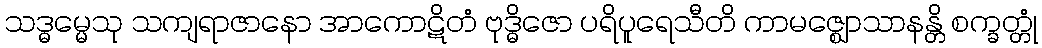
သဒ္ဓမ္မေသု သကျရာဇာနော အာကောဋိတံ ဗုဒ္ဓိဇော ပရိပူရေသီတိ ကာမဇ္ဈောသာနန္တိ စက္ခတ္တုံ